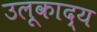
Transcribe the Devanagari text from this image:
उलूकाद्य